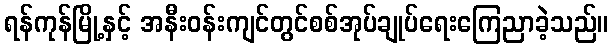
ရန်ကုန်မြို့နှင့် အနီးဝန်းကျင်တွင်စစ်အုပ်ချုပ်ရေးကြေညာခဲ့သည်။